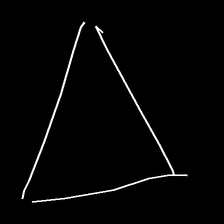
Glyph: convergence